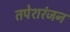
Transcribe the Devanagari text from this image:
तपेशरंजन